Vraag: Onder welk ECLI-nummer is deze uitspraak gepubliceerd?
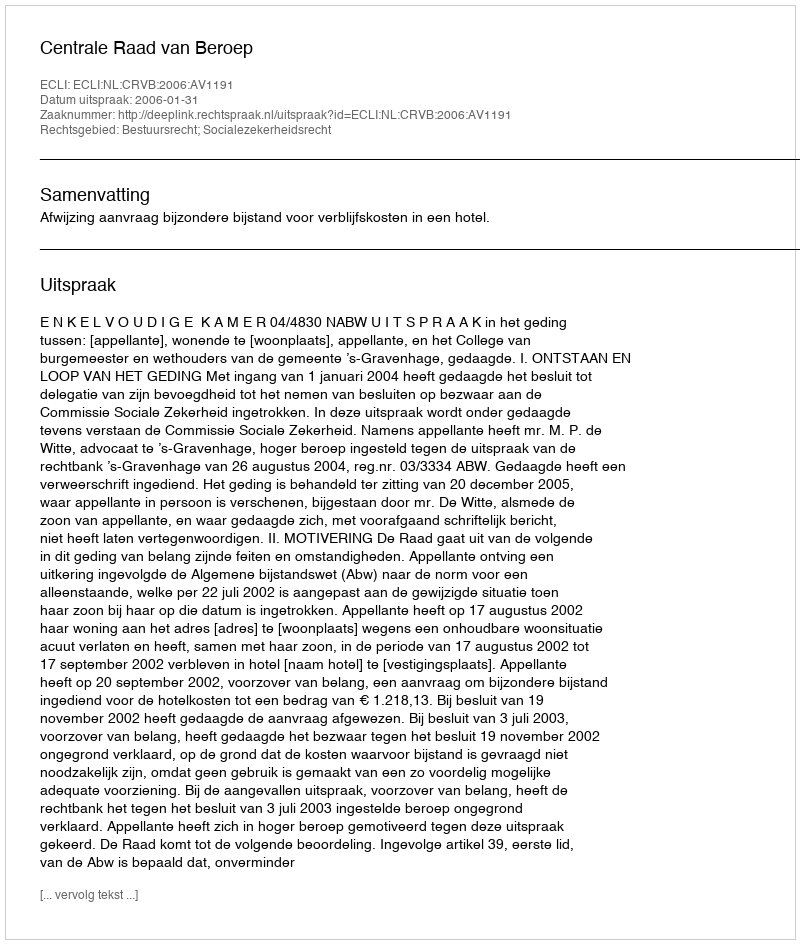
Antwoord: ECLI:NL:CRVB:2006:AV1191